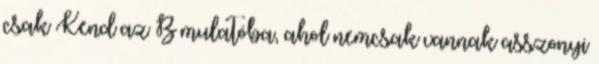
csak Kend az B mulatóba, ahol nemcsak vannak asszonyi